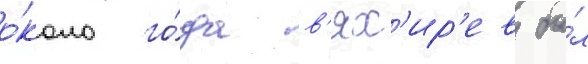
о́коло го́да в'ях'ир'ев бы́л